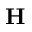
\mathrm { \bf H }